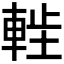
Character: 𫏷